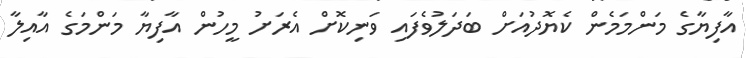
އާފިޔާގެ މަންމަމެން ކެޔޮދުއަށް ބަދަލުވެފައި ވަނިކޮށް އެރަށު މީހުން އާފިޔާ މަންމަގެ އާއިލާ